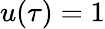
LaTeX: u(\tau)=1